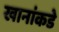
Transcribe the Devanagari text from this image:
खानांकडे